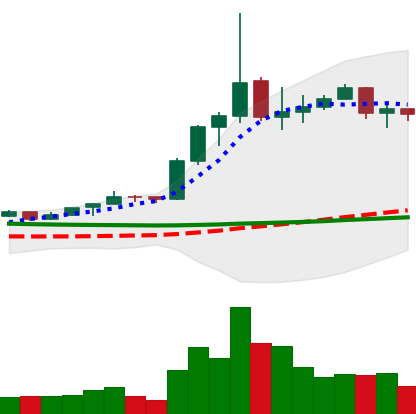
Ticker: ETC-USD
Chart end date: 2020-01-25
Forward return: 45.543%
Label: up_7plus